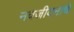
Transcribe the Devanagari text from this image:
नवजीवनाचे